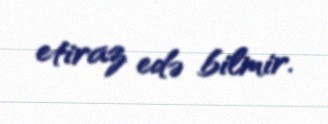
etiraz edə bilmir.